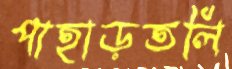
পাহাড়তলি